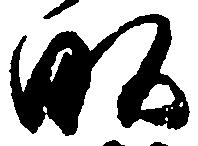
畝